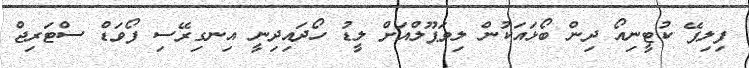
ފިލިޕޭ ކުޓީނިއޯ ދިން ބޯޅައަކުން ލިވަޕޫލްއަށް ލީޑު ހޯދައިދިނީ އިނގިރޭސި ފޯވަޑް ސްޓަރިޖް